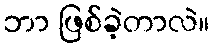
ဘာ ဖြစ်ခဲ့တာလဲ။